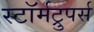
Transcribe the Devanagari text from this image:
स्टॉर्मट्रुपर्स